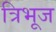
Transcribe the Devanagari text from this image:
त्रिभूज